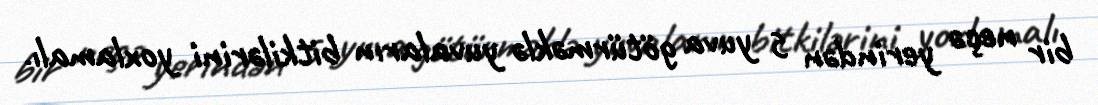
bir neçə yerindən 5 yuva götürməklə yuvaların bitkilərini yoxlamalı.